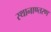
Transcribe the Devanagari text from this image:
स्थानाण्तरण